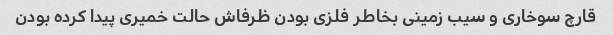
قارچ سوخاری و سیب زمینی بخاطر فلزی بودن ظرفاش حالت خمیری پیدا کرده بودن